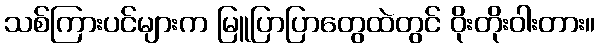
သစ်ကြားပင်များက မြူပြာပြာတွေထဲတွင် ဝိုးတိုးဝါးတား။